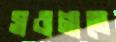
সওগাতে